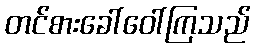
တင်စားခေါ်ဝေါ်ကြသည်